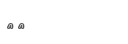
٥٢